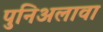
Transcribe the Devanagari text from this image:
पुनिअलावा